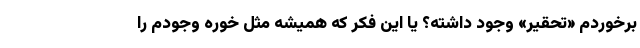
برخوردم «تحقیر» وجود داشته؟ یا این فکر که همیشه مثل خوره وجودم را